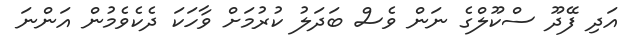
އަދި ފޭދޫ ސްކޫލްގެ ނަން ވެސް ބަދަލު ކުރުމަށް ވާހަކަ ދެކެވެމުން އަންނަ